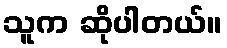
သူက ဆိုပါတယ်။